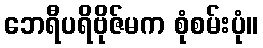
ဘေရီပရိဗိုဇ်မက စုံစမ်းပုံ။